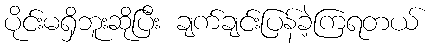
ပိုင်းမရှိဘူးဆိုပြီး ချက်ချင်းပြန်ခဲ့ကြရတယ်